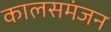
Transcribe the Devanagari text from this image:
कालसमंजन